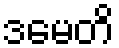
ဒမေတိ